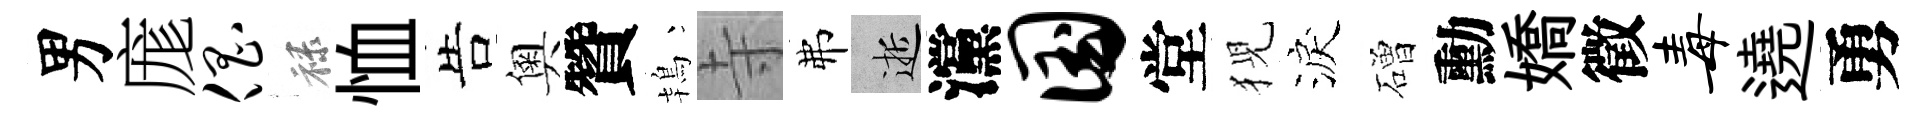
男庬倡禄恤告奧贊鴇寺弗逝灙国堂猊淚磳勳嬌徵毒遶勇